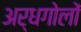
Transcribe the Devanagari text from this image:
अर्धगोलों